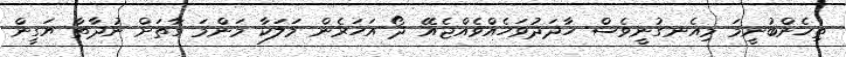
ތިހެންބުނީމަ މިއެނގުނީވެސް ހާދަދުވަހެއްވެއްޖެއޭ ދޯ އަހަރެން މަލަކާ މަންމަ ގާތަށް ނުދާތާ ޔަގީން